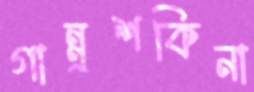
গান্নুশকিনা